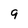
Character: 9